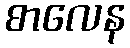
စာလေန